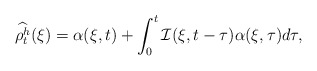
\begin{align*}\widehat{\rho^h_t}(\xi) = \alpha(\xi,t) + \int_0^t \mathcal{I}(\xi,t-\tau)\alpha(\xi,\tau)d\tau, \end{align*}